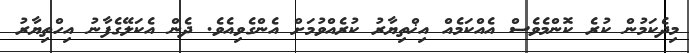
މިދެކަމުން ކުރެ ކޮންމެވެސް އެއްކަމެއް އިޚްތިޔާރު ކުރެއްވުމަށް އެންގެވިއެވެ. ދެން އެކަލޭގެފާނު އިހްތިޔާރު